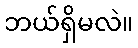
ဘယ်ရှိမလဲ။